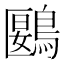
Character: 鶠